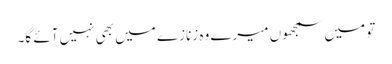
تو میں سمجھوں میرے وہ زنازے میں بھی نہیں آئے گا۔